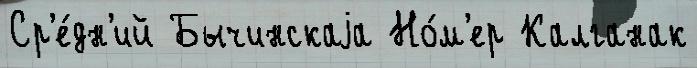
Ср'е́дн'ий Бычинскаjа Но́м'ер Калганак